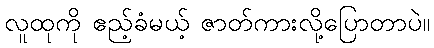
လူထုကို ဧည့်ခံမယ့် ဇာတ်ကားလို့ပြောတာပဲ။